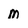
Character: m